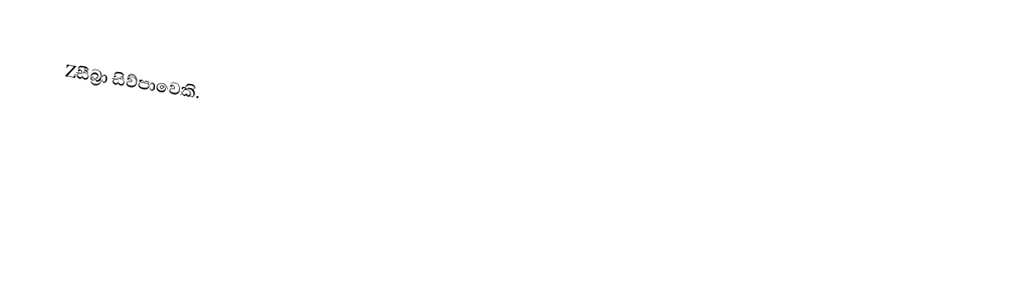
Zසීබ්‍රා සිව්පාවෙකි.